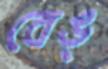
বেঙ্